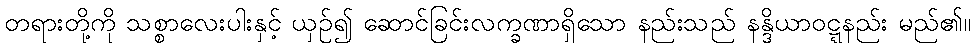
တရားတို့ကို သစ္စာလေးပါးနှင့် ယှဉ်၍ ဆောင်ခြင်းလက္ခဏာရှိသော နည်းသည် နန္ဒိယာဝဋ္ဋနည်း မည်၏။